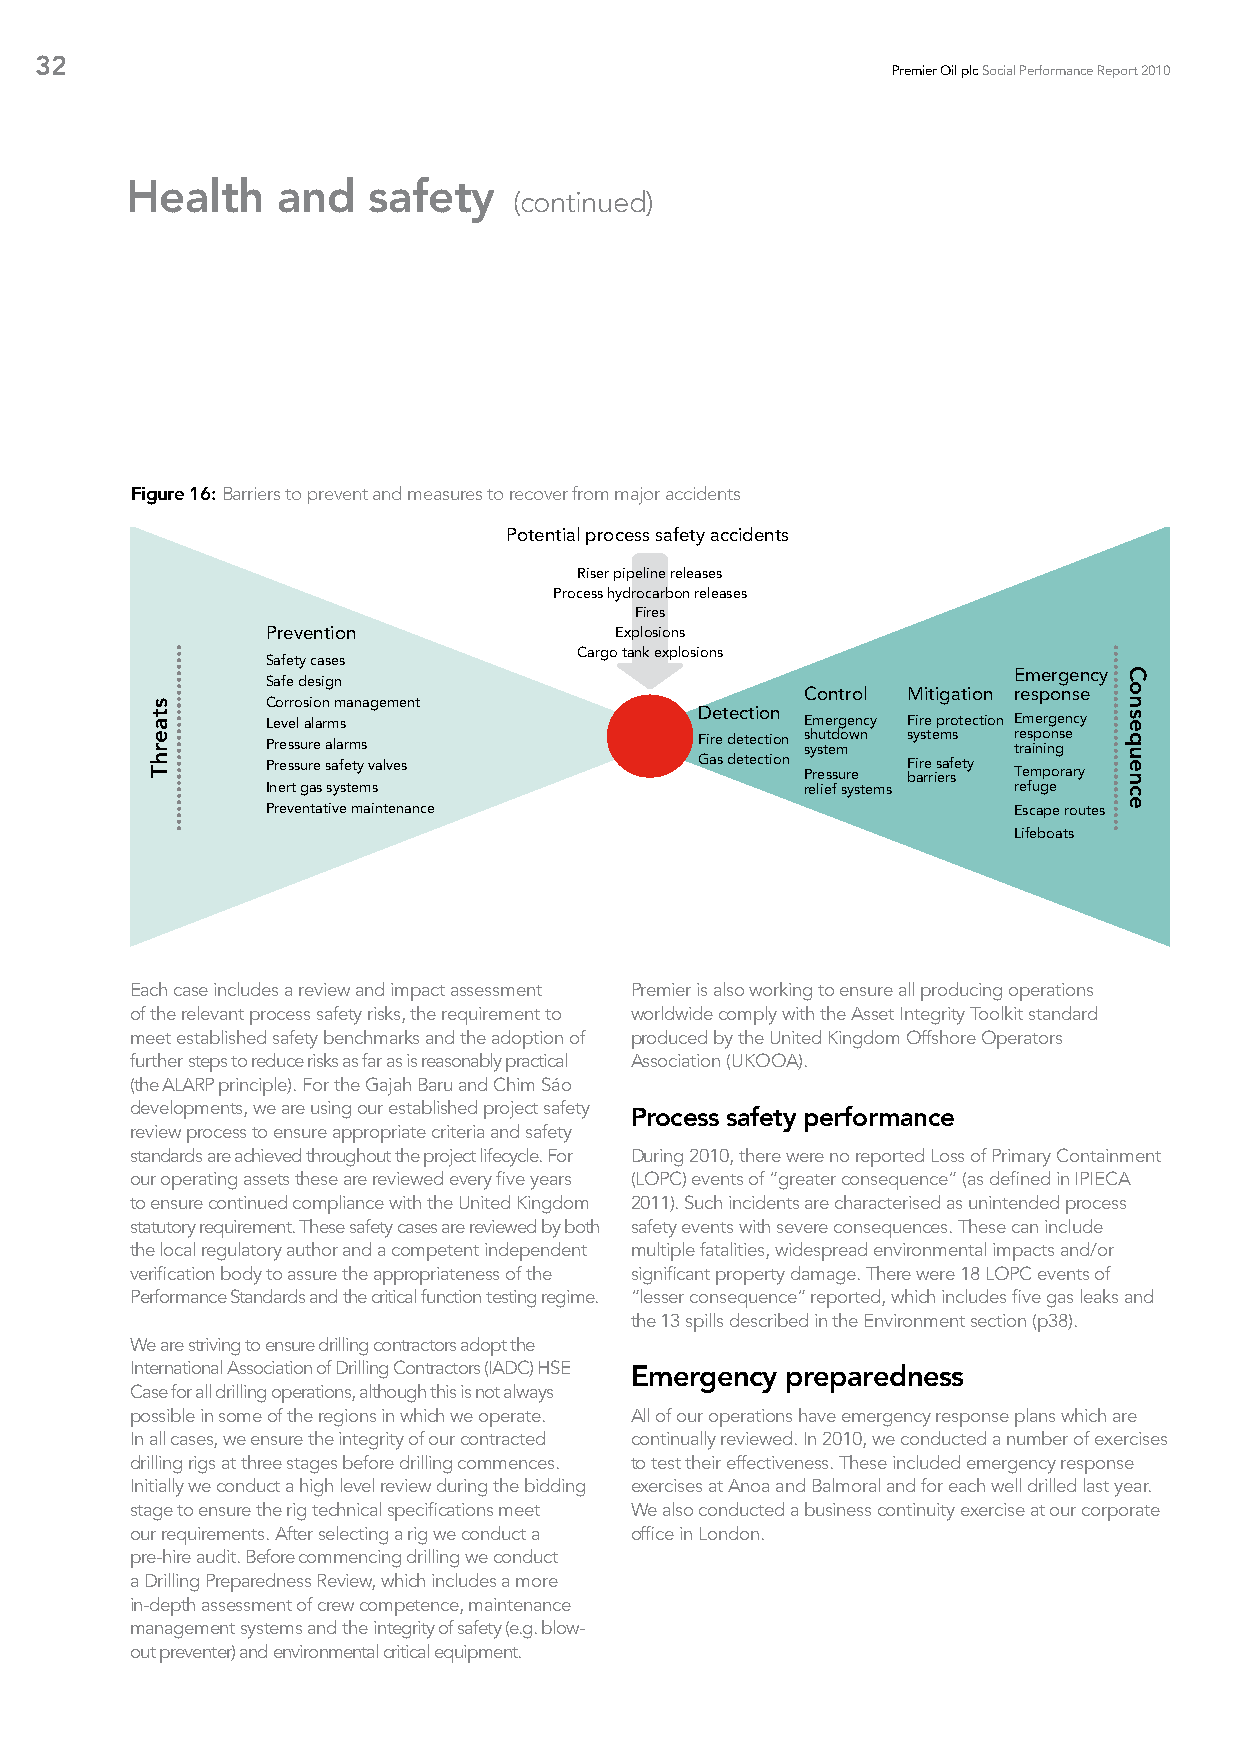
32
 Premier Oil plc Social Performance Report 2010
 Health    and   safety
 (continued)
 Figure 16: Barriers to prevent and measures to recover from major accidents
 Potential process safety accidents
 Riser pipeline releases
 Process hydrocarbon releases
 Fires
 Prevention             Explosions
 Cargo tank explosions
 Safety cases
 Emergency
 Safe design
 Control Mitigation response
 Corrosion management
 Detection
 Level alarms                       Emergency Fire protection Emergency
 Pressure alarms             Fire detection s sh ysu tt ed mown systems tre ras ip no inn gs e
 Pressure safety valves      Gas detection Pressure bFi ar re r is ea rf se ty Temporary
 Inert gas systems                  relief systems refuge
 Preventative maintenance                         Escape routes
 Lifeboats
 Each case includes a review and impact assessment Premier is also working to ensure all producing operations
 of the relevant process safety risks, the requirement to worldwide comply with the Asset Integrity Toolkit standard
 meet established safety benchmarks and the adoption of produced by the United Kingdom Offshore Operators
 further steps to reduce risks as far as is reasonably practical Association (UKOOA).
 (the ALARP principle). For the Gajah Baru and Chim Sáo
 developments, we are using our established project safety Process safety performance
 review process to ensure appropriate criteria and safety
 standards are achieved throughout the project lifecycle. For During 2010, there were no reported Loss of Primary Containment
 our operating assets these are reviewed every five years (LOPC) events of “greater consequence” (as defined in IPIECA
 to ensure continued compliance with the United Kingdom 2011). Such incidents are characterised as unintended process
 statutory requirement. These safety cases are reviewed by both safety events with severe consequences. These can include
 the local regulatory author and a competent independent multiple fatalities, widespread environmental impacts and/or
 verification body to assure the appropriateness of the significant property damage. There were 18 LOPC events of
 Performance Standards and the critical function testing regime. “lesser consequence” reported, which includes five gas leaks and
 the 13 spills described in the Environment section (p38).
 We are striving to ensure drilling contractors adopt the
 International Association of Drilling Contractors (IADC) HSE Emergency preparedness
 Case for all drilling operations, although this is not always
 possible in some of the regions in which we operate. All of our operations have emergency response plans which are
 In all cases, we ensure the integrity of our contracted continually reviewed. In 2010, we conducted a number of exercises
 drilling rigs at three stages before drilling commences. to test their effectiveness. These included emergency response
 Initially we conduct a high level review during the bidding exercises at Anoa and Balmoral and for each well drilled last year.
 stage to ensure the rig technical specifications meet We also conducted a business continuity exercise at our corporate
 our requirements. After selecting a rig we conduct a office in London.
 pre-hire audit. Before commencing drilling we conduct
 a Drilling Preparedness Review, which includes a more
 in-depth assessment of crew competence, maintenance
 management systems and the integrity of safety (e.g. blow-
 out preventer) and environmental critical equipment.
 staerhT
 Consequence